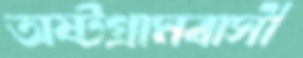
অষ্টগ্রামবাসী